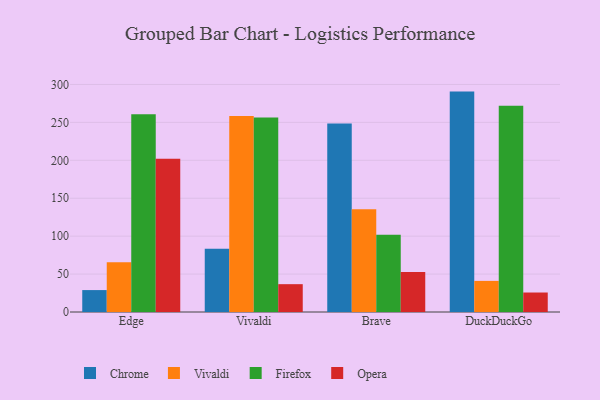
{"axis": {"x": "Browser", "y": "Satisfaction Score"}, "legend": ["Chrome", "Firefox", "Opera", "Vivaldi"], "data": [{"x": "Edge", "y": 28.9, "type": "Chrome"}, {"x": "Edge", "y": 65.7, "type": "Vivaldi"}, {"x": "Edge", "y": 260.8, "type": "Firefox"}, {"x": "Edge", "y": 202.0, "type": "Opera"}, {"x": "Vivaldi", "y": 83.4, "type": "Chrome"}, {"x": "Vivaldi", "y": 258.3, "type": "Vivaldi"}, {"x": "Vivaldi", "y": 256.6, "type": "Firefox"}, {"x": "Vivaldi", "y": 36.7, "type": "Opera"}, {"x": "Brave", "y": 248.4, "type": "Chrome"}, {"x": "Brave", "y": 135.4, "type": "Vivaldi"}, {"x": "Brave", "y": 102.0, "type": "Firefox"}, {"x": "Brave", "y": 52.9, "type": "Opera"}, {"x": "DuckDuckGo", "y": 290.6, "type": "Chrome"}, {"x": "DuckDuckGo", "y": 41.0, "type": "Vivaldi"}, {"x": "DuckDuckGo", "y": 272.1, "type": "Firefox"}, {"x": "DuckDuckGo", "y": 25.7, "type": "Opera"}]}